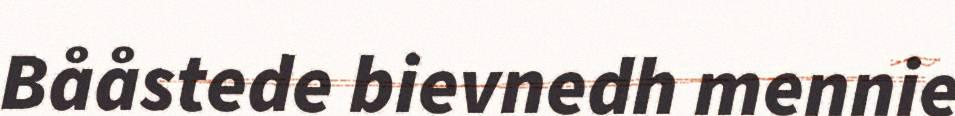
Bååstede bievnedh mennie